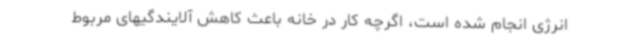
انرژی انجام شده است، اگرچه کار در خانه باعث کاهش آلایندگیهای مربوط